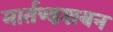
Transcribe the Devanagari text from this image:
मार्तण्डशयन